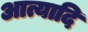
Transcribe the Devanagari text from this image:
आत्यादि